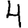
Digit: 4